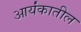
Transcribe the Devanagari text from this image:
आर्यंकातील